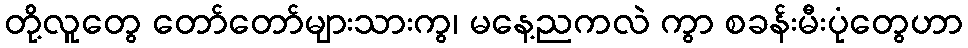
တို့လူတွေ တော်တော်များသားကွ၊ မနေ့ညကလဲ ကွာ စခန်းမီးပုံတွေဟာ